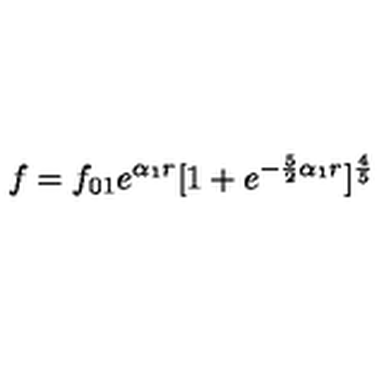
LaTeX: f = f _ { 0 1 } e ^ { \alpha _ { 1 } r } [ 1 + e ^ { - \frac { 5 } { 2 } { \alpha _ { 1 } } r } ] ^ { \frac { 4 } { 5 } }